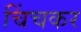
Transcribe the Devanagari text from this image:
चिंचकर